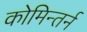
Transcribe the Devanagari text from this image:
कोमिन्तर्न